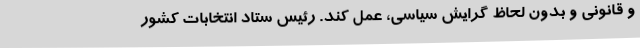
و قانونی و بدون لحاظ گرایش سیاسی، عمل کند. رئیس ستاد انتخابات کشور